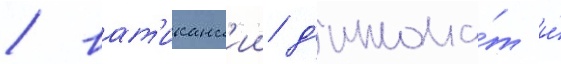
/ ват'иканск'ии д'иплома́т и́